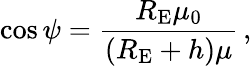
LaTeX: \cos\psi={\frac{{R}_{\mathrm{E}}{\mu}_{0}}{\left({{R}_{\mathrm{E}}}+h\right)\mu}}\, ,